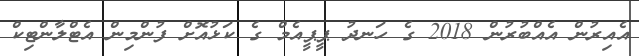
އެއިރުން އެއްބުރުން 2018 ގެ ހަނދު ޕީޕީއެމް ގެ ކަޅުއޮށް ފުންމިން އެޓްލާންޓިކް